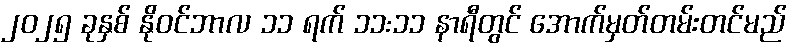
၂၀၂၅ ခုနှစ် နိုဝင်ဘာလ ၁၁ ရက် ၁၁:၁၁ နာရီတွင် အောက်မှတ်တမ်းတင်မည်